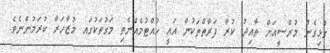
ގުޅިގެން މުރްސީއަށް ތާއިދު ކުރާ ފަރާތްތަކުން އައީ ހުއްޓުމެއްނެތި މަގުތަކުގައ މުޒާހަރާ ކުރަމުންނެވެ.